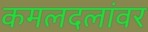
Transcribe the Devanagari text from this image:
कमलदलांवर